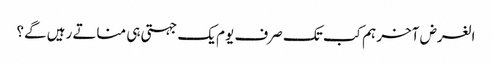
الغرض آخر ہم کب تک صرف یوم یک جہتی ہی مناتے رہیں گے؟